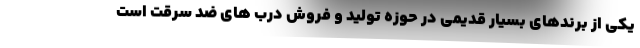
یکی از برندهای بسیار قدیمی در حوزه تولید و فروش درب های ضد سرقت است